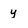
Character: y